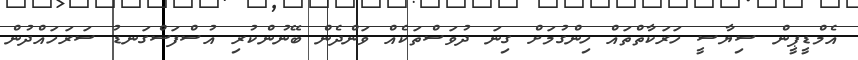
އެމްޑީޕީން ސިޔާސީ ހަރަކާތްތައް ހިންގުމަށް ގިނަ ދުވަސްތަކެއް ވަންދެން ބޭނުންކުރި އުސްފަސްގަނޑު ސަރަހައްދުން